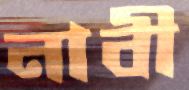
নাবী